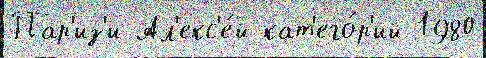
Пар'из'и Ал'екс'е́й кат'его́р'ий 1980